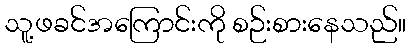
သူ့ဖခင်အကြောင်းကို စဉ်းစားနေသည်။